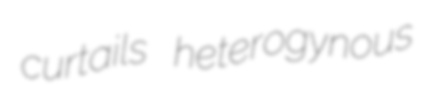
curtails heterogynous